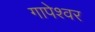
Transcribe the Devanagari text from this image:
गापेश्वर